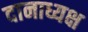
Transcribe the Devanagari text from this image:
दानाध्यक्ष